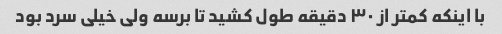
با اینکه کمتر از ۳۰ دقیقه طول کشید تا برسه ولی خیلی سرد بود